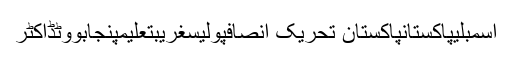
اسمبلیپاکستانپاکستان تحریک انصافپولیسغریبتعلیمپنجابووٹڈاکٹر